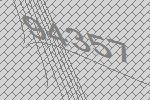
94357